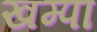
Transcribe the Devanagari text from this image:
खम्पा